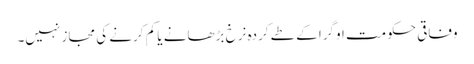
وفاقی حکومت اوگرا کے طے کردہ نرخ بڑھانے یا کم کرنے کی مجاز نہیں۔